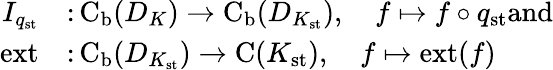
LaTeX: \begin{array}{rl}{I_{q_{\mathrm{st}}}}&{\colon\mathrm{C}_{\mathrm{b}}(D_{K})\rightarrow\mathrm{C}_{\mathrm{b}}(D_{K_{\mathrm{st}}}),\quad f\mapsto f\circ q_{\mathrm{st}}\textrm{and}}\\ {\mathrm{ext}}&{\colon\mathrm{C}_{\mathrm{b}}(D_{K_{\mathrm{st}}})\rightarrow\mathrm{C}(K_{\mathrm{st}}),\quad f\mapsto\mathrm{ext}(f)}\end{array}